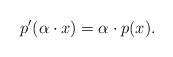
\begin{align*} p'(\alpha \cdot x)=\alpha \cdot p(x).\end{align*}